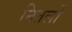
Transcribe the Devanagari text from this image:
नितलों